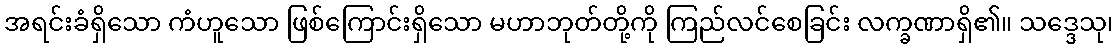
အရင်းခံရှိသော ကံဟူသော ဖြစ်ကြောင်းရှိသော မဟာဘုတ်တို့ကို ကြည်လင်စေခြင်း လက္ခဏာရှိ၏။ သဒ္ဒေသု၊